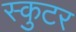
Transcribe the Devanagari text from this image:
स्कुटर